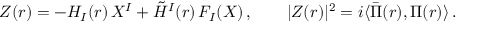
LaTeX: Z ( r ) = - H _ { I } ( r ) \, X ^ { I } + \tilde { H } ^ { I } ( r ) \, F _ { I } ( X ) \, , \qquad \vert Z ( r ) \vert ^ { 2 } = i \langle \bar { \Pi } ( r ) , \Pi ( r ) \rangle \, .